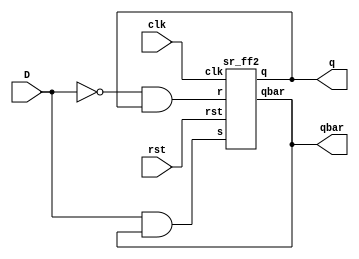
`timescale 1ns / 1ps
//////////////////////////////////////////////////////////////////////////////////
// Company: 
// Engineer: 
// 
// Design Name: 
// Module Name: D_sr_ff
// Project Name: 
// Target Devices: 
// Tool Versions: 
// Description: 
// 
// Dependencies: 
// 
// Revision:
// Revision 0.01 - File Created
// Additional Comments:
// 
//////////////////////////////////////////////////////////////////////////////////


module D_sr_ff(D,clk,rst,q,qbar);
input D,clk,rst;
output  q,qbar;
wire w1,w2,w3;

not a5(w3,D);

and a2(w2,w3,q);
and a4(w1,D,qbar);
sr_ff2 a3(w1,w2,clk,rst,q,qbar);
endmodule


module sr_ff2(s,r,clk,rst,q,qbar);
input s,r,clk,rst;
output reg q,qbar;
always@(posedge clk)
begin
if(rst)
    {q,qbar}={1'b1,1'b0};
else begin
case({s,r})
 
                2'b00:{q,qbar} <={q,qbar};
            2'b01:
                {q,qbar} <={1'b0,1'b1};
            2'b10:
                {q,qbar} <={1'b1,1'b0};
            2'b11:
               {q,qbar} <={1'bx,1'bx};
            default:
                {q,qbar} <= {q,qbar};
endcase
end
end


endmodule